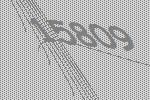
15809